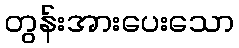
တွန်းအားပေးသော